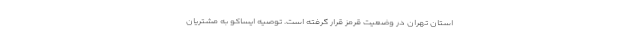
استان تهران در وضعیت قرمز قرار گرفته است. توصیه ایساکو به مشتریان